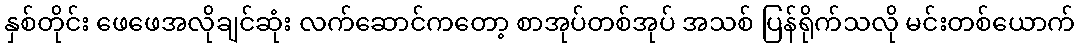
နှစ်တိုင်း ဖေဖေအလိုချင်ဆုံး လက်ဆောင်ကတော့ စာအုပ်တစ်အုပ် အသစ် ပြန်ရိုက်သလို မင်းတစ်ယောက်